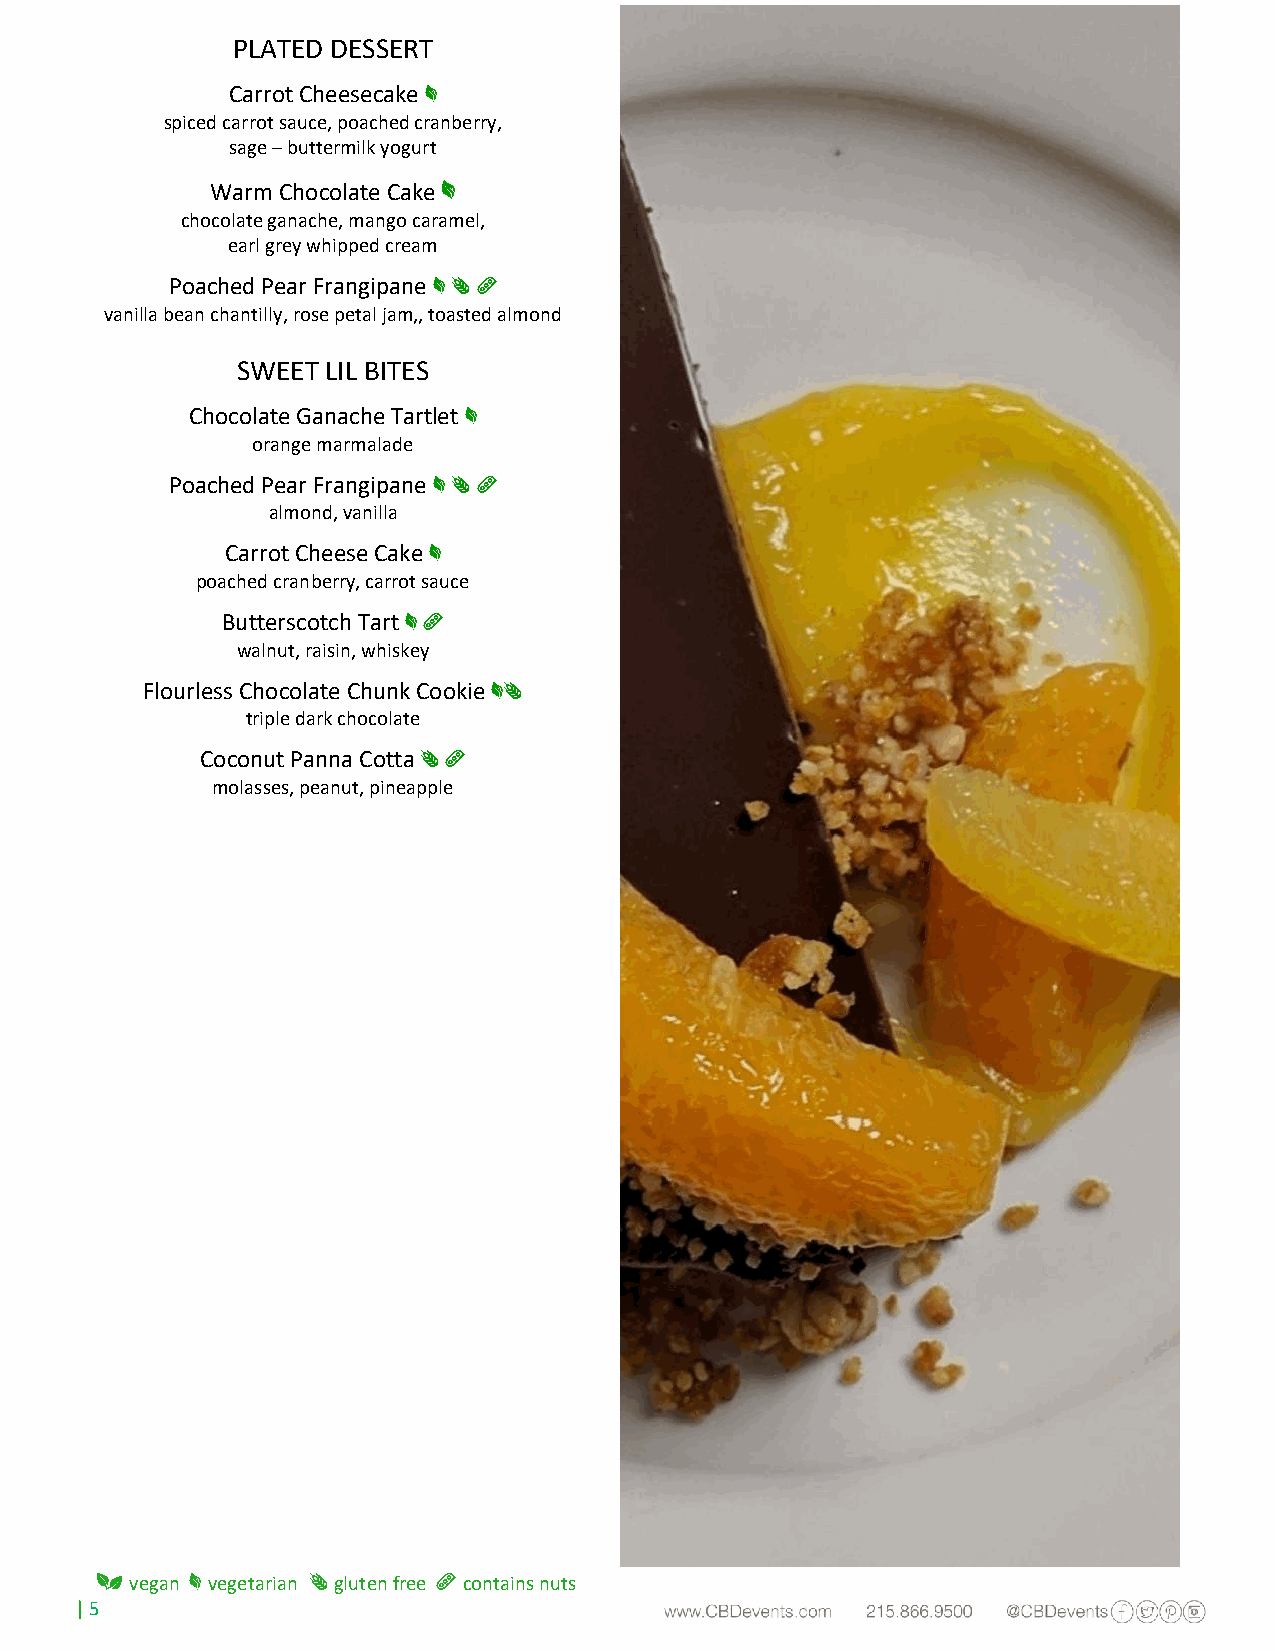
PLATED DESSERT
 Carrot Cheesecake *
 spiced carrot sauce, poached cranberry,
 sage – buttermilk yogurt
 *
 Warm Chocolate Cake
 chocolate ganache, mango caramel,
 earl grey whipped cream
 Poached Pear Frangipane * ¤ û
 vanilla bean chantilly, rose petal jam,, toasted almond
 SWEET LIL BITES
 Chocolate Ganache Tartlet *
 orange marmalade
 Poached Pear Frangipane * ¤ û
 almond, vanilla
 Carrot Cheese Cake *
 poached cranberry, carrot sauce
 Butterscotch Tart * û
 walnut, raisin, whiskey
 Flourless Chocolate Chunk Cookie *¤
 triple dark chocolate
 Coconut Panna Cotta ¤ û
 molasses, peanut, pineapple
 3
 vegan
 *
 vegetarian
 ¤
 gluten free
 û
 contains nuts
 | 5